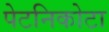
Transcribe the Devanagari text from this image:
पेटनिकोटा